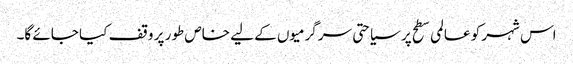
اس شہر کو عالمی سطح پر سیاحتی سرگرمیوں کے لیے خاص طور پر وقف کیا جائے گا۔